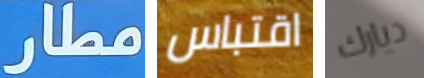
مطار اقتباس ديارك